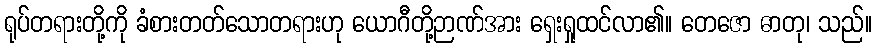
ရုပ်တရားတို့ကို ခံစားတတ်သောတရားဟု ယောဂီတို့ဉာဏ်အား ရှေးရှုထင်လာ၏။ တေဇော ဓာတု၊ သည်။